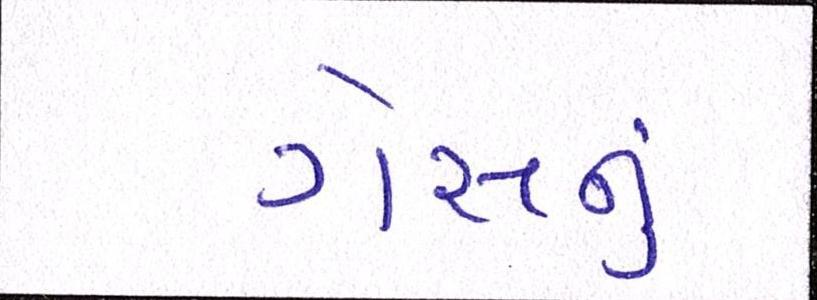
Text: ગેસનું